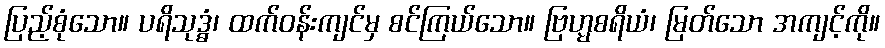
ပြည့်စုံသော။ ပရိသုဒ္ဓံ၊ ထက်ဝန်းကျင်မှ စင်ကြယ်သော။ ဗြဟ္မစရိယံ၊ မြတ်သော အကျင့်ကို။